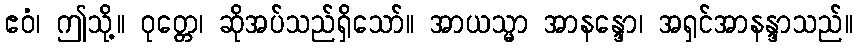
ဧဝံ၊ ဤသို့။ ဝုတ္တေ၊ ဆိုအပ်သည်ရှိသော်။ အာယသ္မာ အာနန္ဒော၊ အရှင်အာနန္ဒာသည်။